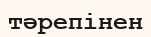
тәрепінен